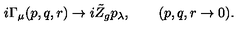
i \Gamma _ { \mu } ( p , q , r ) \to i \tilde { Z } _ { g } p _ { \lambda } , \qquad ( p , q , r \to 0 ) .